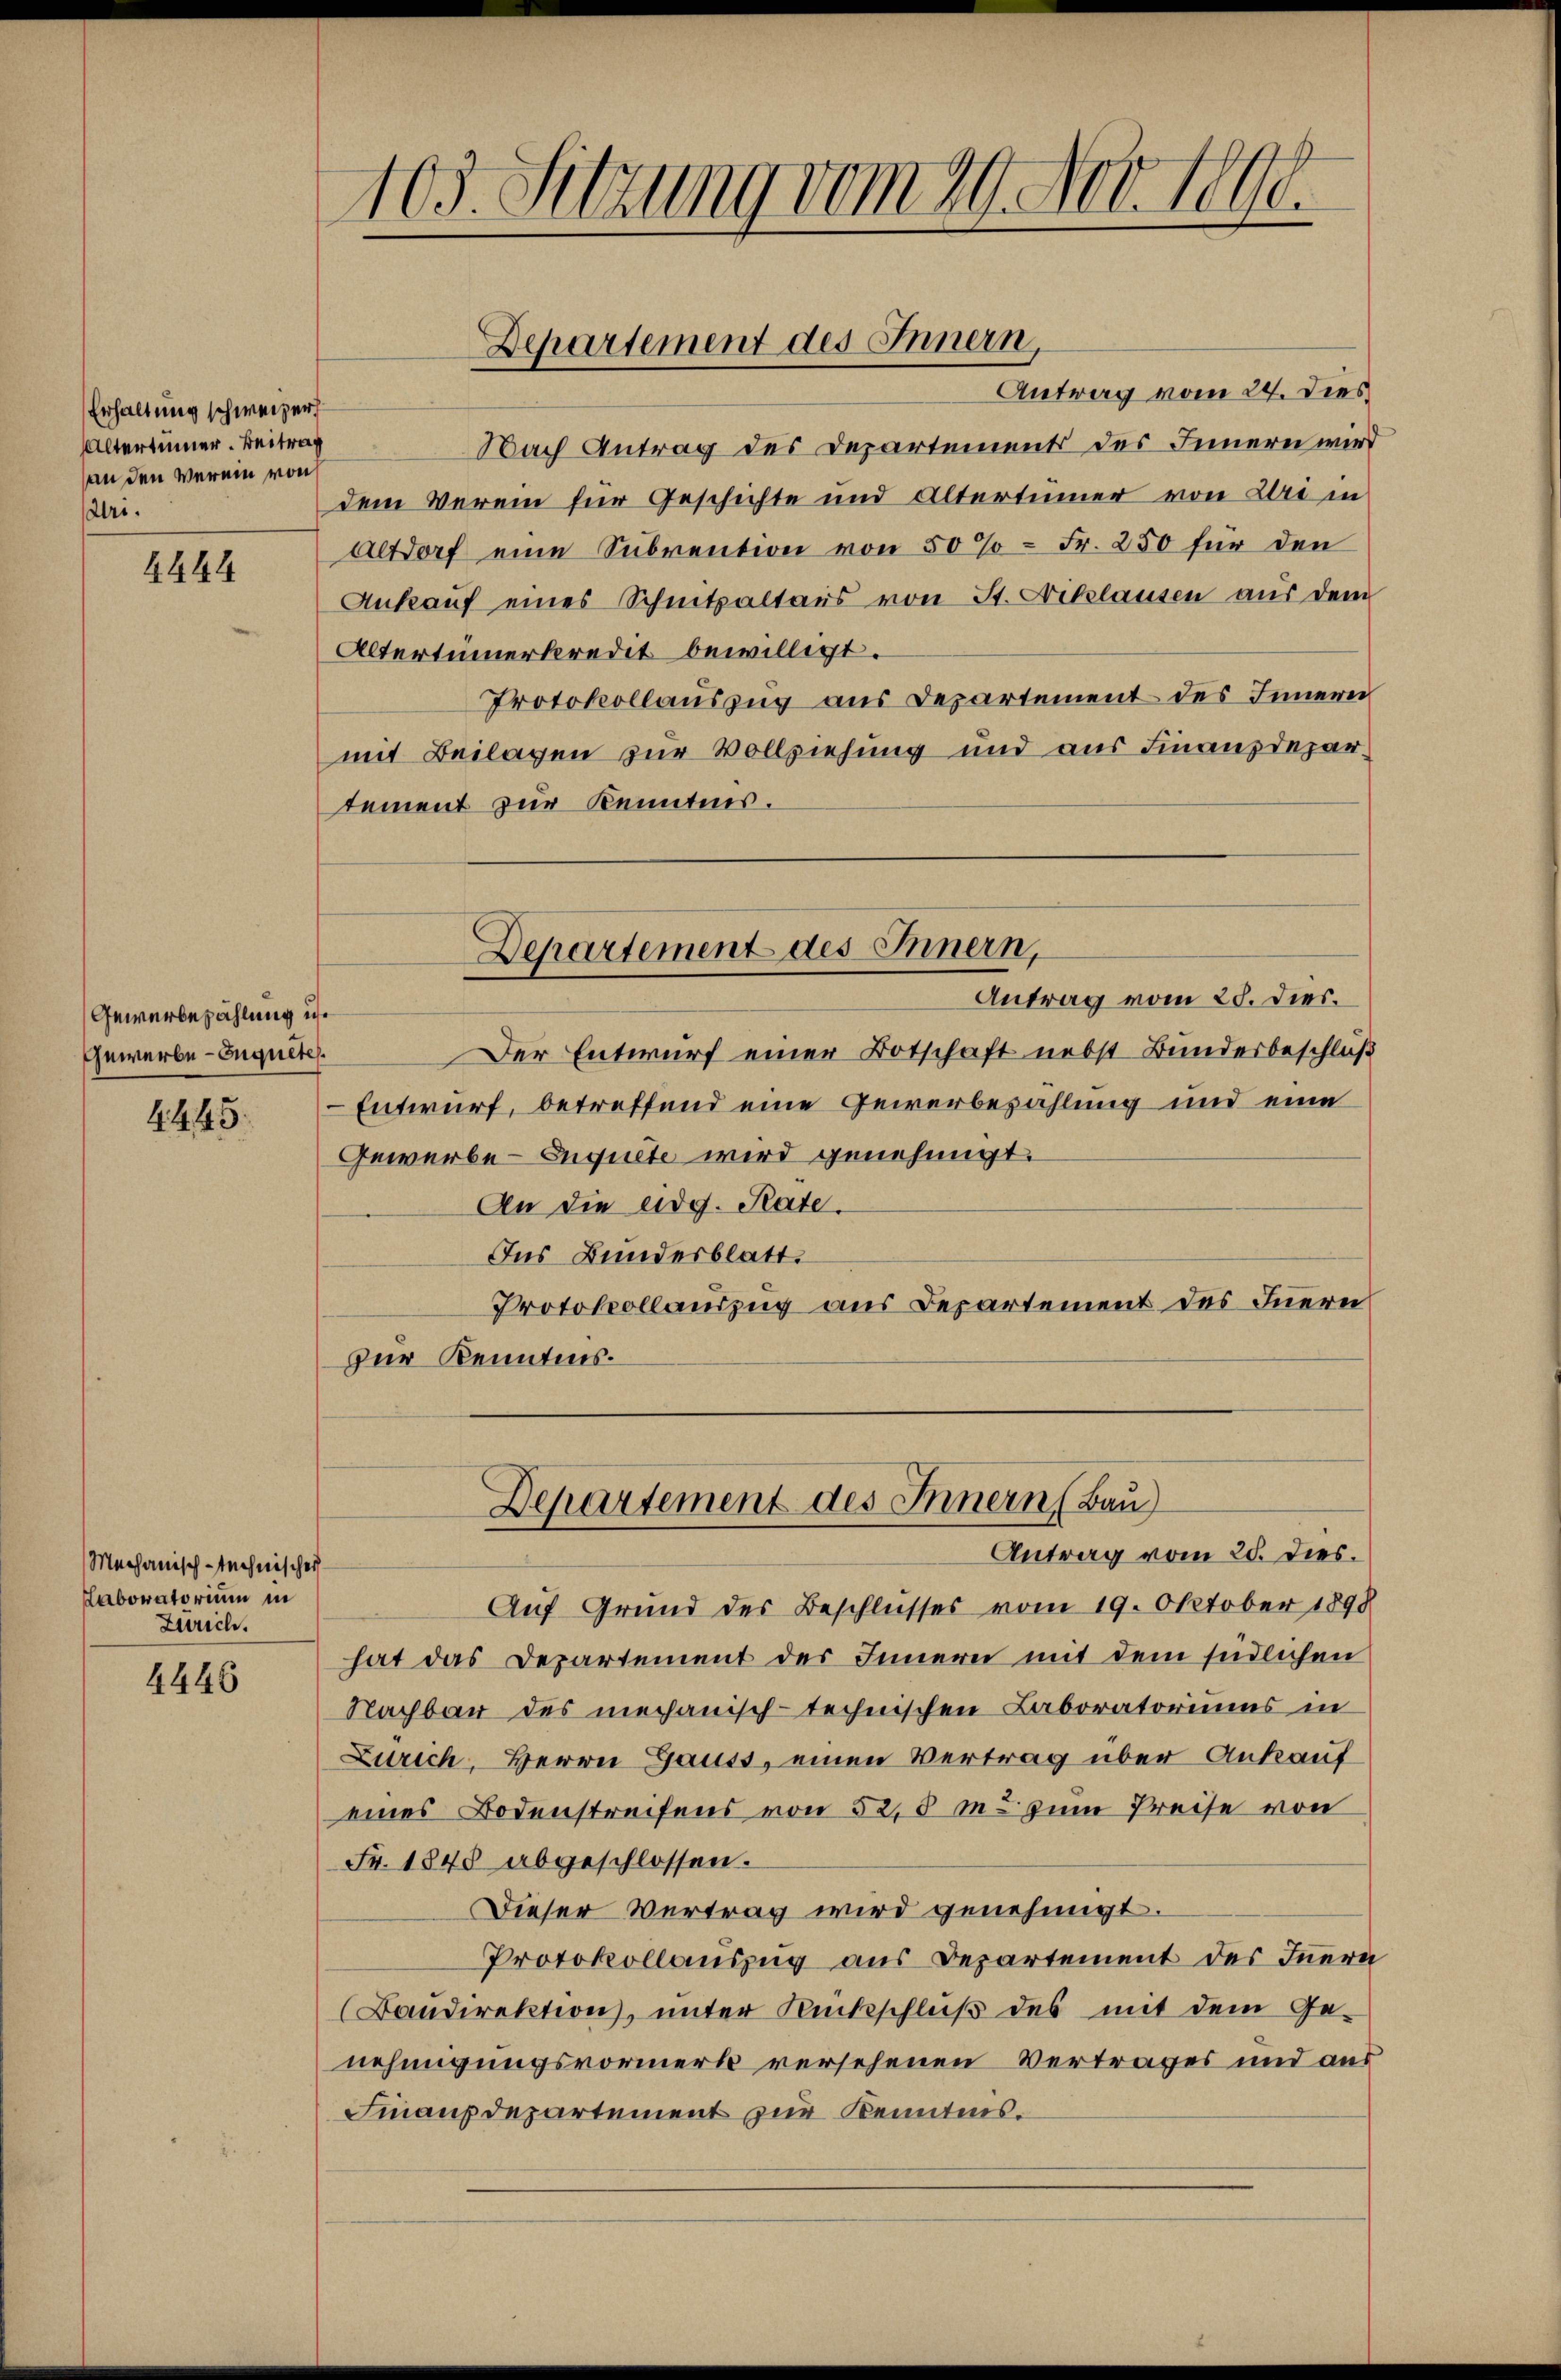
Erhaltung schweizerf
Altertümer. Beitrag
an den Verein von
Uri.

4444

Gewerbezahlung ist
Gewerbe-Enquetes.

4445.

Mechanisch-technischer
Laboratorium in
Zürich.

4446

103. Setzung vom 29. Nov. 1890.

Antrag vom 24. Dies
Nach Antrag des Departements des Innern wird
dem Verein für Geschichte und Altertümer von Uri in
Altdorf eine Subvention von 50% = Fr. 250 für den
Ankauf eines Schnitzaltaus von St. Niklausen aus dem
Altertumerkredit bewilligt.
Protokollauszug aus Departement des Innern
mit Beilagen zur Vollziehung und aus Finanzdepartement zur Kenntnis.
Departement des Innern,
Antrag vom 28. Dies.
Der Entwurf einer Botschaft nebst Bundesbeschluß
Entwurf, betreffend eine Gewerbezahlung und eine
Gewerbe-Enguete wird genehmigt.
An die eidg. Rate.
Ins Bundesblatt.
Protokollauszug aus Departement des Inerei
zur Kenntnis.

Departement des Innern,

Departement des Innern (Bau)

Antrag vom 25. dies.
Auf Grund des Beschlusses vom 19. Oktober 1898
hat das Departement des Innern mit dem südlichen
Nachbar des mechanisch-technischen Laboratoriums in
Zürich, Herrn Gauss, einen Vertrag über Ankauf
eines Bodenstreifens von 52,8 m. zum Preise von
Fr. 1848 abgeschlossen.
Dieser Vertrag wird genehmigt.
Protokollauszug aus Departement des Innern
(Bandirektion, unter Rückschluß des mit dem Genehmigungsvormerk versehenen Vertrages und aus
Finanzdepartement zur Kenntnis.